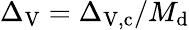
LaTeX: \Delta_{\mathrm{V}}=\Delta_{\mathrm{V},\mathrm{c}}/M_{\mathrm{d}}